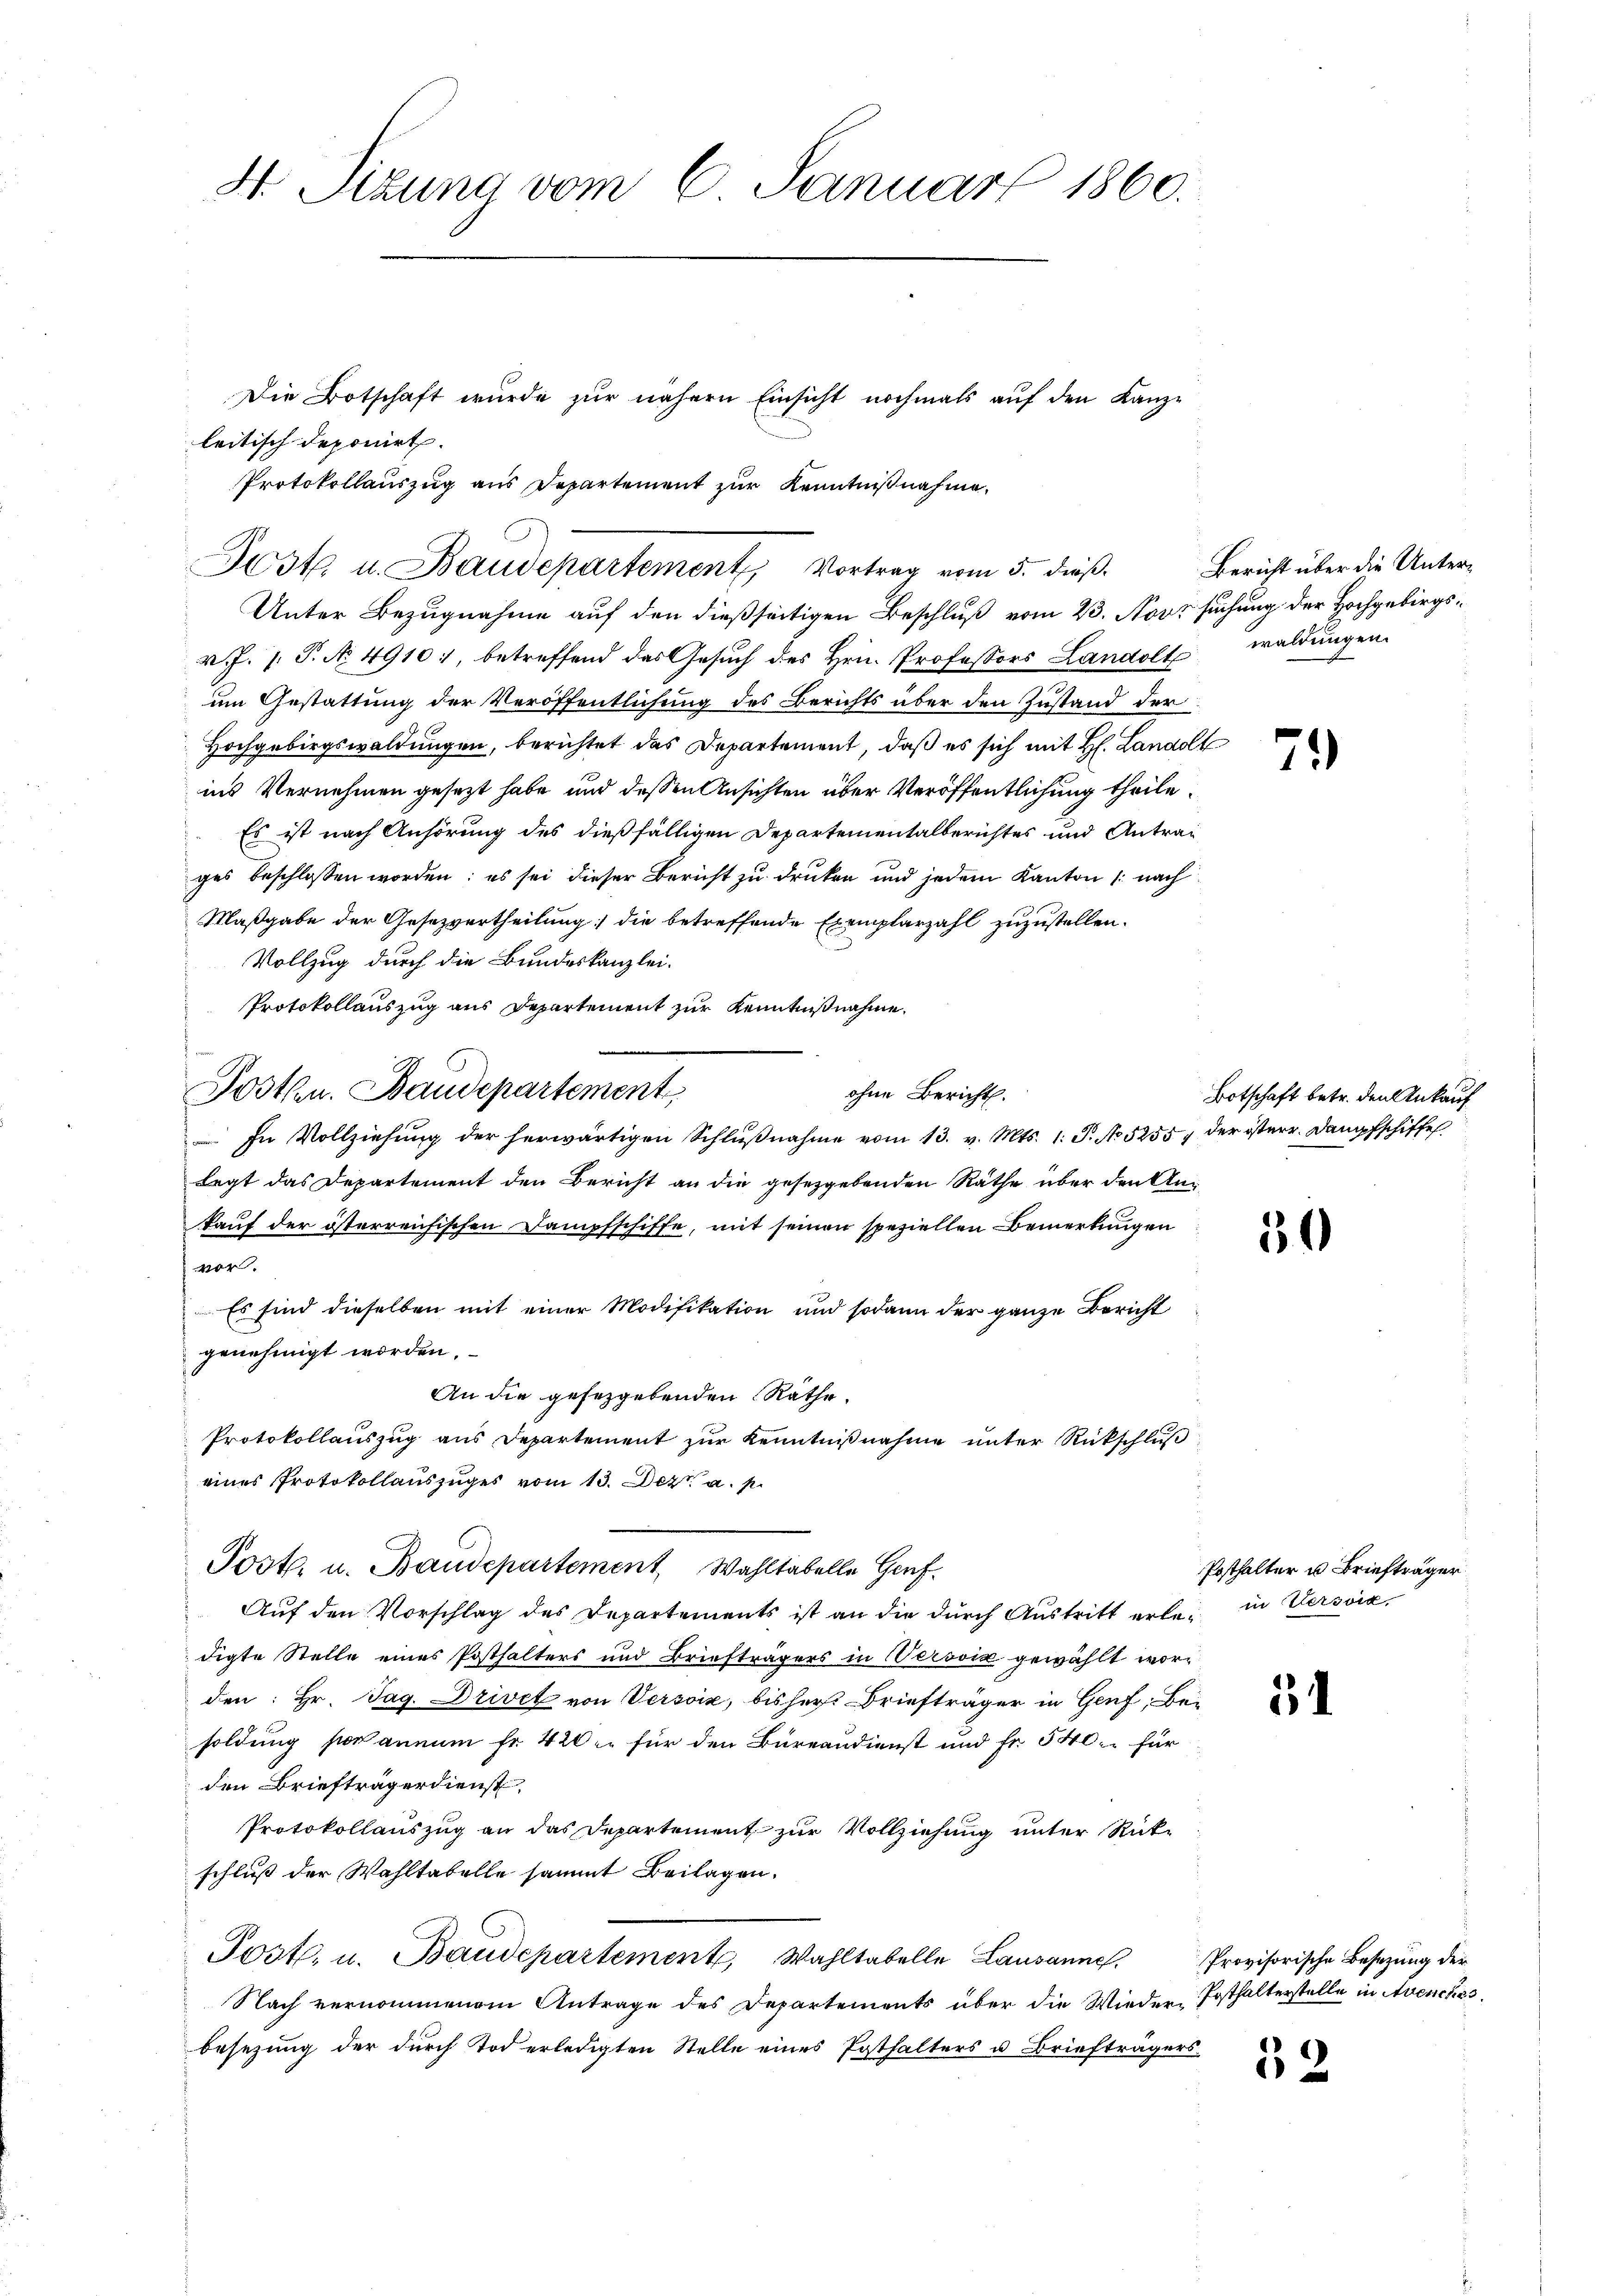
4 Sizung vom 6. Januar 1860.

Unter Bezugnahme auf den dießseitigen Beschluß vom 23. Novt suchung der Hochgebirgsv. J. J. P. No. 4910, betreffend das Gesuch des Hrn. Professors Landolt waldungen
um Gestattung der Veröffentlichung des Berichts über den Zustand der
Hochgebirgswaldungen, berichtet das Departement, daß es sich mit H. Landolt
ins Vernehmen gesezt habe und dessen Ansichten über Veröffentlichung theile.
Es ist nach Anhörung des dießfälligen Departementalberichtes und Antrag
ges beschlossen worden; es sei dieser Bericht zu drucken und jedem Kanton /: nach
Maßgabe der Gesezvertheilung; die betreffende Exemplarzahl zuzustellen.
Vollzug durch die Bundeskanzlei.
Protokollauszug aus Departement zur Kenntnißnahme.
.
ohne Bericht.
Posten. Baudepartement
In Vollziehung der herwärtigen Schlŭβnahme vom 13. v. Mts. 1. P. No 5255, der österr. Dampfschiffe
Lagt das Departement den Bericht an die gesetzgebenden Räthe über den Ankauf der österreichischen Dampfschiffe, mit seinen speziellen Bemerkungen
vor.
Es sind dieselben mit einer Modifikation und sodann der ganze Bericht
genehmigt worden.
An die gesezgebenden Räthe.
Protokollauszug aus Departement zur Kenntnißnahme unter Rückschluß
eines Protokollauszuges vom 13. Dez. a. p.
Post. u. Baudepartement Wahltabelle Genf
Auf den Vorschlag des Departements ist an die durch Austritt erlei in Versic
digte Stelle eines Posthalters und Briefträgers in Verović gewählt worden: Hr. Tag. Drivet von Versoix, bisher Briefträger in Genf, Bei
soldung sodannum fr. 420 für den Bureaudienst und Fr. 540 für
den Briefträgerdienst,
Protokollauszug an das Departement zur Vollziehung unter Rückschluß der Wahltabelle sammt Beilagen.
Post, u. Baudepartement, Wahltabelle Lausanne
Nach vernommenem Antrage des Departements über die Wieder-Posthalterstelle in Avenches
besezung der durch Tod erledigten Stelle eines Posthalters u Briefträgers

leitisch deponirt.
Jost u. Baudepartement Vortrag vom 5. dieß.

Die Botschaft wurde zŭr nähern Einsicht nochmals aŭf den Kanz-
Protokollauszug aus Departement zur Kenntnißnahme,

Bericht über die Unter¬

79

Botschaft betr. den Ankauf

5

Posthalter u. Briefträger

11

Provisorische Besetzung der

52